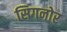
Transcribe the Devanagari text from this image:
सिगनोर